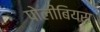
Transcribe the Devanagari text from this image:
पोलीबियस